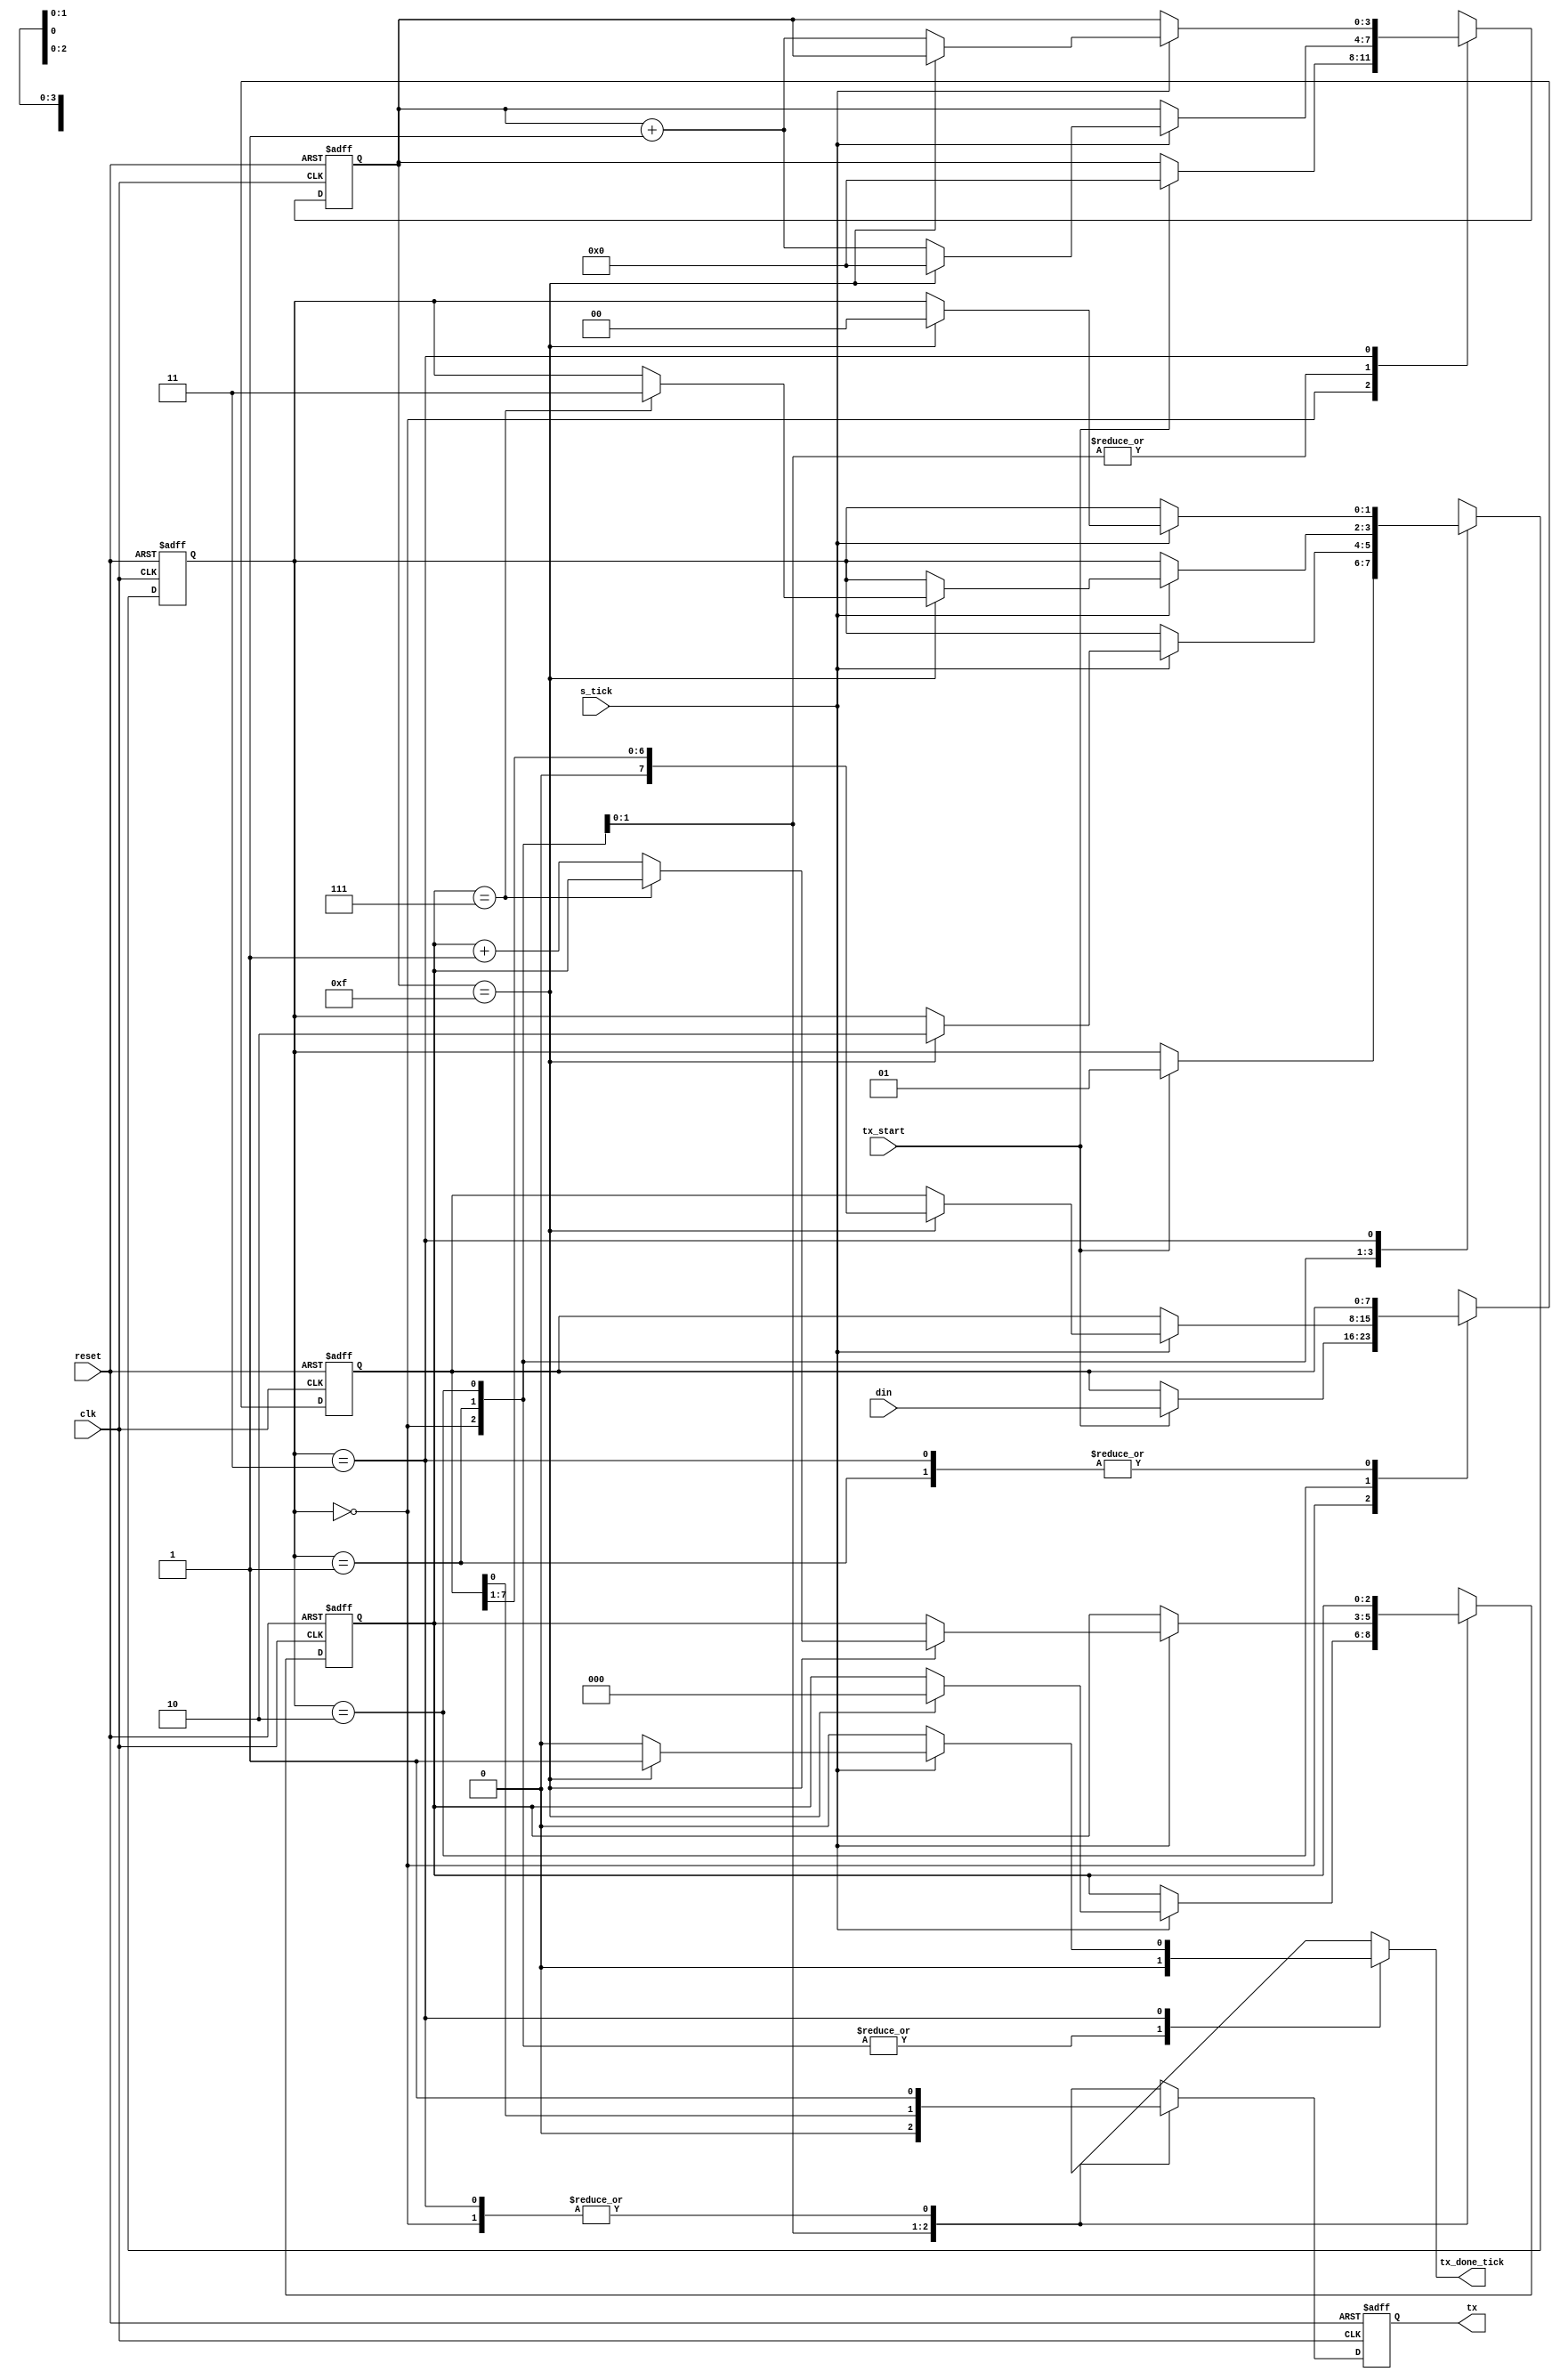
module uart_tx 
#(
    parameter    DBIT =  8,   //!Data bit
    parameter SB_TICK = 16    //! Sticks for stop bits
)
(
    input                    clk,
    input                  reset,
    input               tx_start,
    input                 s_tick,
    input [7:0]              din,
    output reg      tx_done_tick,
    output                    tx
);

// symbolic state declaration
localparam [1:0] idle  = 2'b00;
localparam [1:0] start = 2'b01;
localparam [1:0] data  = 2'b10;
localparam [1:0] stop  = 2'b11;

// signal declaration
reg     [1:0] state_reg     ;
reg     [1:0] state_next    ;
reg     [3:0] s_reg         ;
reg     [3:0] s_next        ;
reg     [2:0] n_reg         ;
reg     [2:0] n_next        ;
reg     [7:0] b_reg         ;
reg     [7:0] b_next        ;
reg           tx_reg        ;
reg           tx_next       ;

// FSMF state and data registers
always @(posedge clk, posedge reset) begin
    if (reset) begin
        state_reg <= idle;
        s_reg     <=    0;
        n_reg     <=    0;
        b_reg     <=    0;
        tx_reg    <= 1'b1;
    end
    else begin
        state_reg <= state_next;
        s_reg     <= s_next;
        n_reg     <= n_next;
        b_reg     <= b_next;
        tx_reg    <= tx_next;
    end
end

// FSMF next-state logic and funtional units
always @(*) begin
    state_next   = state_reg;
    tx_done_tick =      1'b0;
    s_next       =     s_reg;
    n_next       =     n_reg;
    b_next       =     b_reg;
    tx_next      =    tx_reg;
    case (state_reg)
        idle:
            begin
                tx_next = 1'b1;
                if (tx_start) begin
                    state_next = start;
                    s_next     =     0;
                    b_next     =   din;
                end
            end
        start:
            begin
                tx_next = 1'b0;
                if(s_tick)
                    if (s_reg==15) begin
                        state_next = data;
                        s_next     =    0;
                        n_next     =    0;
                    end
                    else
                        s_next = s_reg + 1;
            end
        data:
            begin
                tx_next = b_reg[0];
                if (s_tick) 
                    if (s_reg==15) begin
                        s_next =          0;
                        b_next = b_reg >> 1;
                        if (n_reg==(DBIT-1))
                            state_next = stop;
                        else
                            n_next = n_reg + 1;
                    end
                    else
                        s_next = s_reg + 1;
            end
        stop:
            begin
                tx_next = 1'b1;
                if (s_tick) 
                    if (s_reg==(SB_TICK-1)) begin
                        state_next   = idle;
                        tx_done_tick = 1'b1;
                    end
                    else
                        s_next = s_reg + 1;
            end
    endcase
end

assign tx = tx_reg;
    
endmodule